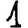
Digit: 1